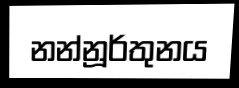
නන්නූර්තුනය